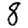
Digit: 8